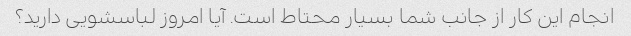
انجام این کار از جانب شما بسیار محتاط است. آیا امروز لباسشویی دارید؟